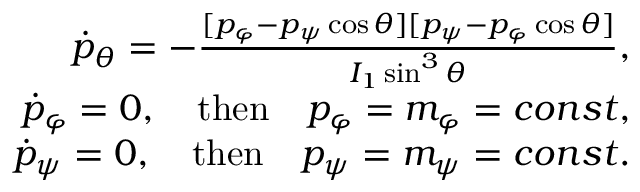
\begin{array} { r } { \dot { p } _ { \theta } = - \frac { [ p _ { \varphi } - p _ { \psi } \cos \theta ] [ p _ { \psi } - p _ { \varphi } \cos \theta ] } { I _ { 1 } \sin ^ { 3 } \theta } , } \\ { \dot { p } _ { \varphi } = 0 , \quad \mathrm { t h e n } \quad p _ { \varphi } = m _ { \varphi } = c o n s t , } \\ { \dot { p } _ { \psi } = 0 , \quad \mathrm { t h e n } \quad p _ { \psi } = m _ { \psi } = c o n s t . } \end{array}